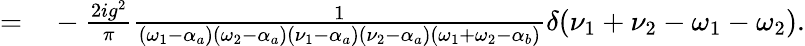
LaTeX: \begin{array}{rl}{=}&{{}-\frac{2ig^{2}}{\pi}\frac{1}{(\omega_{1}-\alpha_{a})(\omega_{2}-\alpha_{a})(\nu_{1}-\alpha_{a})(\nu_{2}-\alpha_{a})(\omega_{1}+\omega_{2}-\alpha_{b})}\delta(\nu_{1}+\nu_{2}-\omega_{1}-\omega_{2}).}\end{array}